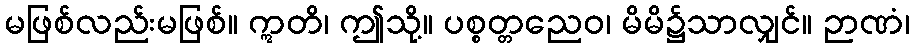
မဖြစ်လည်းမဖြစ်။ ဣတိ၊ ဤသို့။ ပစ္စတ္တညေဝ၊ မိမိ၌သာလျှင်။ ဉာဏံ၊